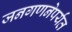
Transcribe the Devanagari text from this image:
जनगणनेपर्यंत